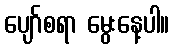
ပျော်စရာ မွေးနေ့ပါ။